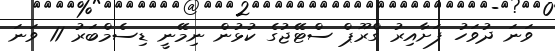
ވަނަ ދުވަހު ފަށާއިރު ގްރޫޕް ސްޓޭޖުގެ ކުޅުން ނިމޭނީ ޑިސެމްބަރު 11 ވަނަ